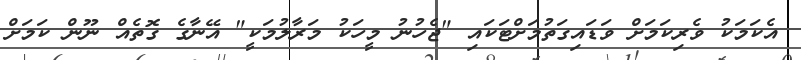
އެކަމަކު ވެރިކަމަށް ވަޑައިގަތުމަށްޓަކައި "ޖެހުނު މީހަކު މަރާލުމަކީ" އޭނާގެ ގޮތެއް ނޫން ކަމަށް